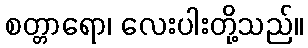
စတ္တာရော၊ လေးပါးတို့သည်။